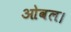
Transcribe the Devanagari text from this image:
ओवल।